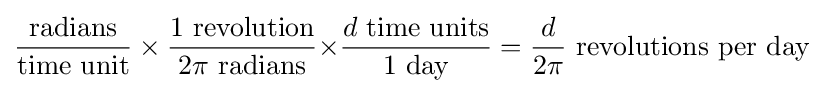
{\rm {{\frac {radians}{time\ unit}}\times {\frac {1\ revolution}{2\pi \ radians}}\times }}{\frac {d\ {\rm {time\ units}}}{1{\rm {\ day}}}}={\frac {d}{2\pi }}{\rm {\ revolutions\ per\ day}}